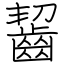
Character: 齧